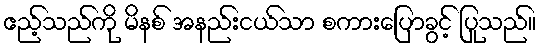
ဧည့်သည်ကို မိနစ် အနည်းငယ်သာ စကားပြောခွင့် ပြုသည်။